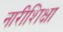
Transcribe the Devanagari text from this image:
नारीशिक्षा